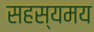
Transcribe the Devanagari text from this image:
सहस्यमय